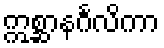
ဣစ္ဆာနင်္ဂလိကာ